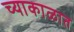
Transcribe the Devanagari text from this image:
च्याकाळात